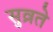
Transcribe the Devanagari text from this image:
सुव्रते